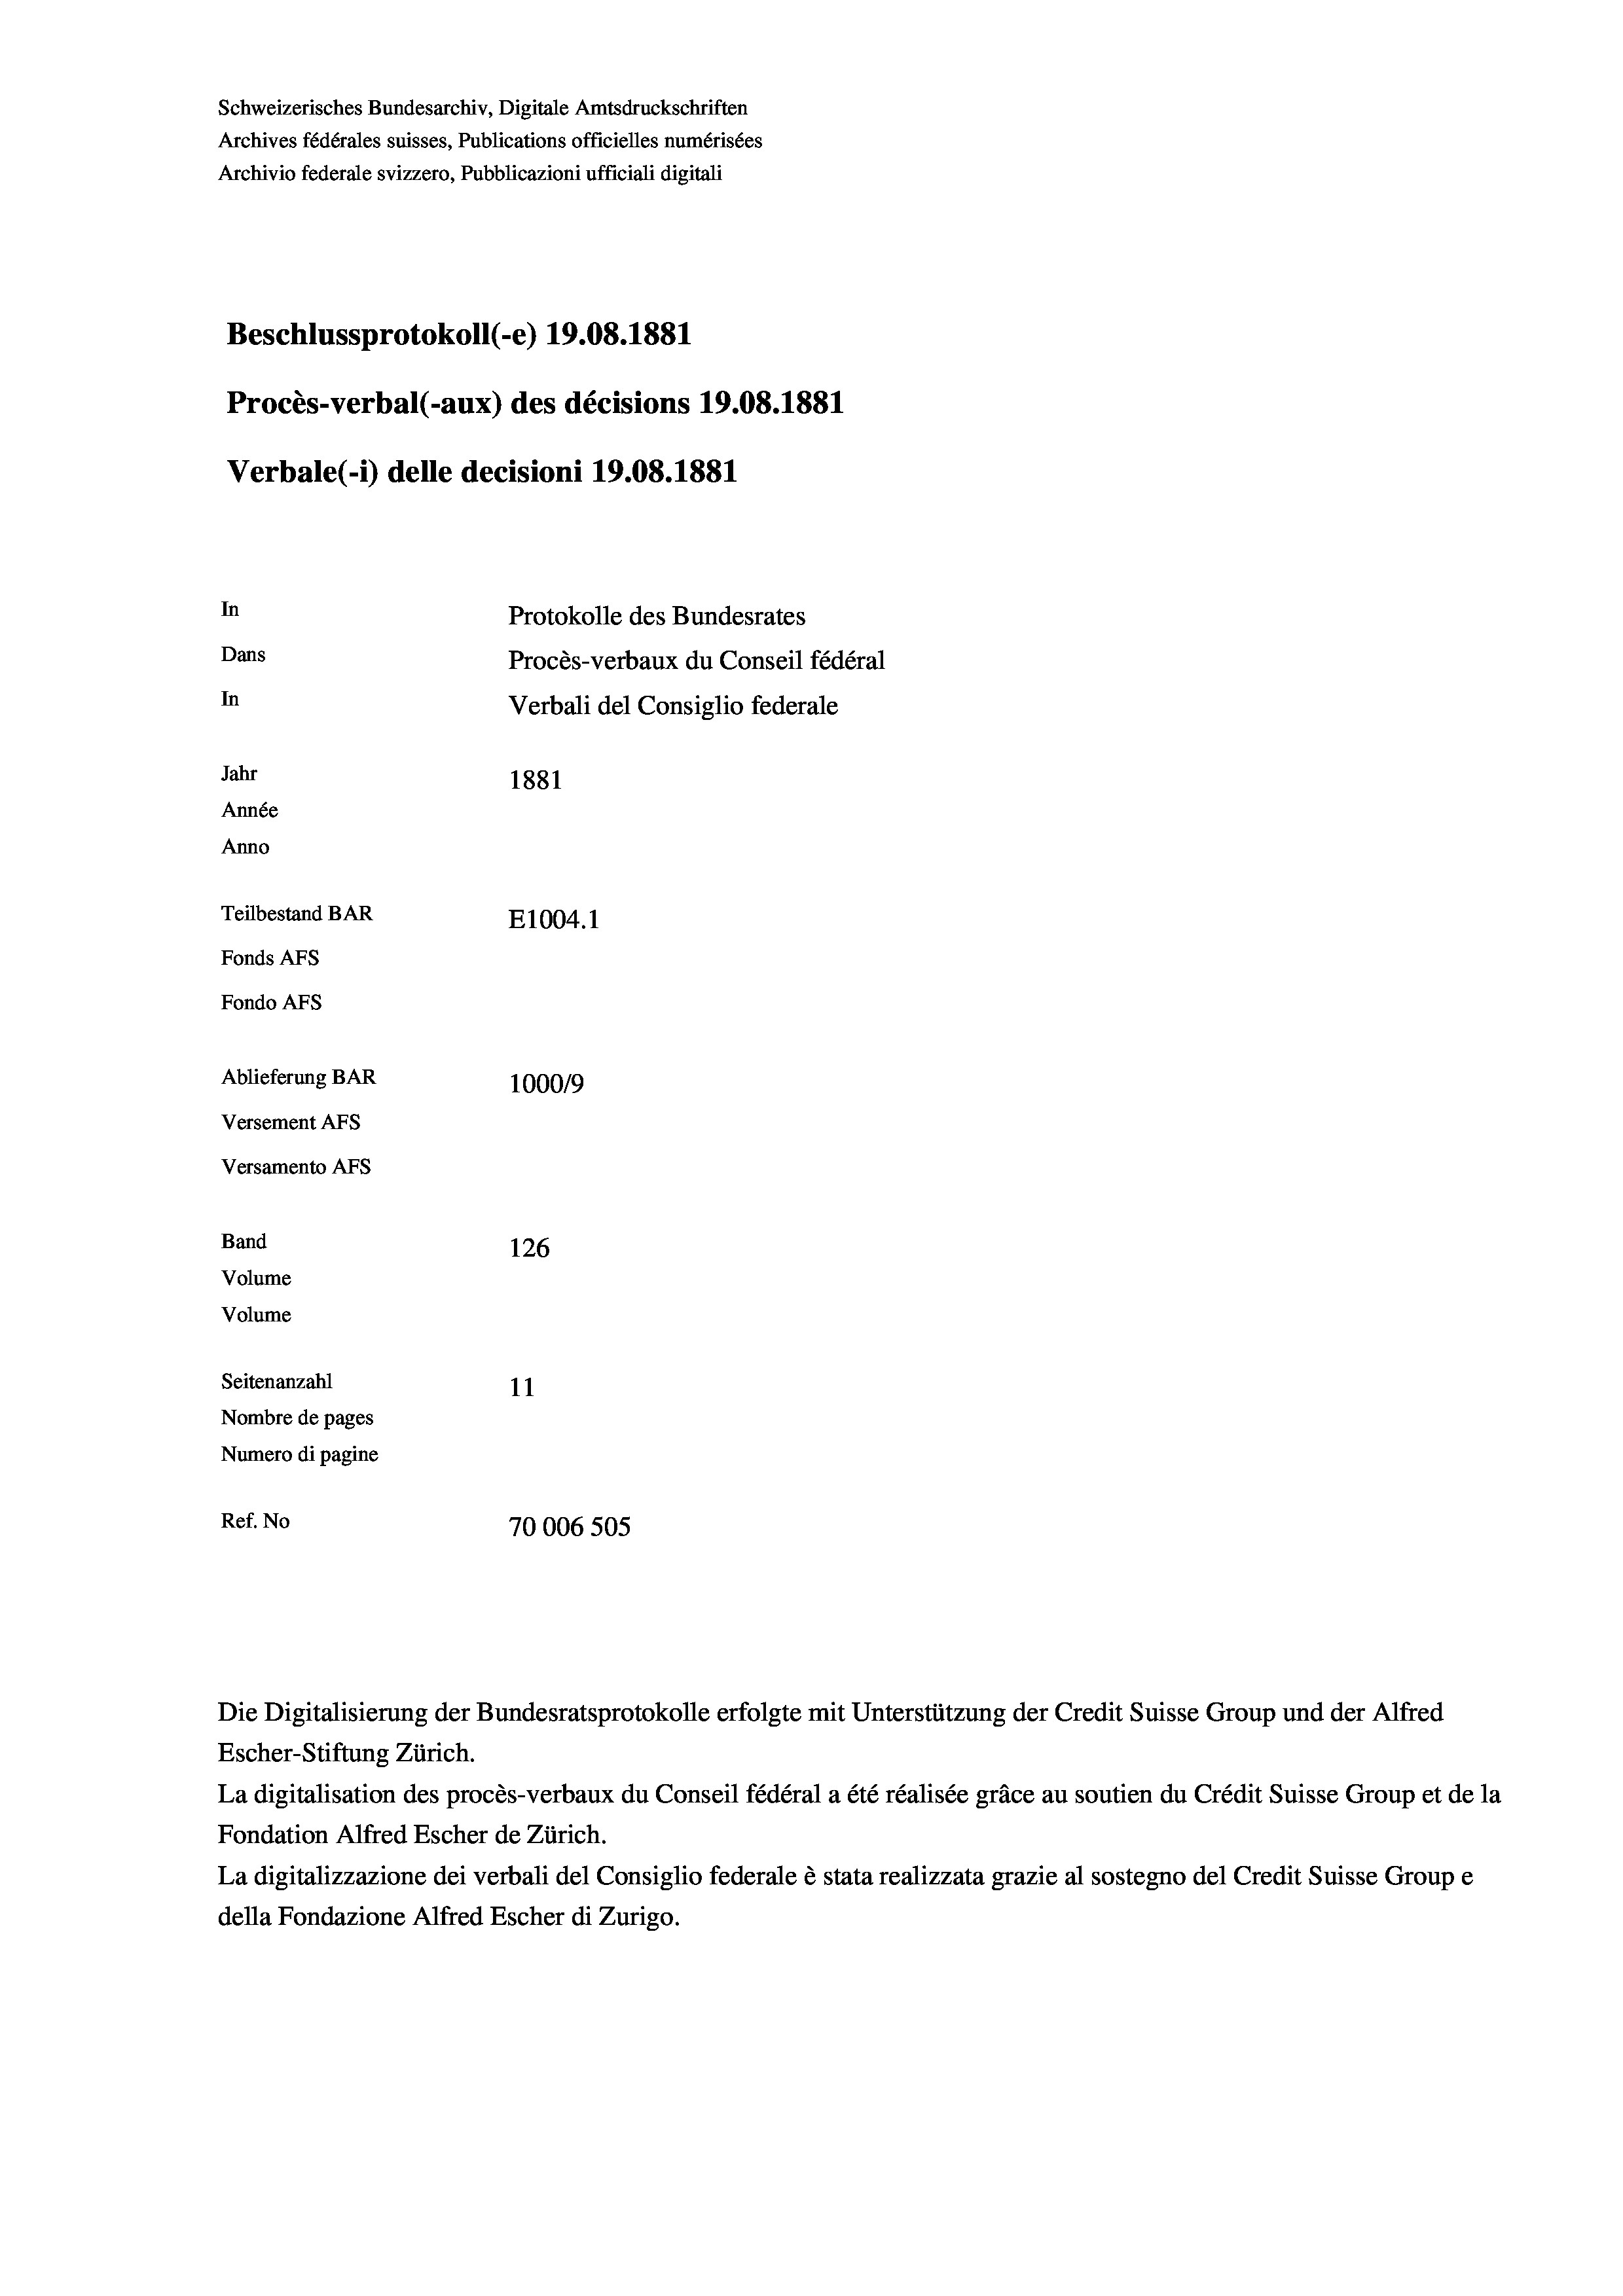
Schweizerisches Bundesarchiv, Digitale Amtsdruckschriften
Archives fédérales suisses, Publications officielles numérisées
Archivio federale svizzero, Pubblicazioni ufficiali digitali
Beschlussprotokoll (-e) 19.08. 1881
Procès-verbal (-aux) des décisions 19.08.1881
Verbale (i) delle decisioni 19.08. 1881
In
Protokolle des Bundesrates
Dans
Procès-verbaux du Conseil fédéral
In
Verbali del Consiglio federale
Jahr
1881
Année
Anno
Teilbestand BAR
E1004.1
Fonds AEs
Fondo AFs
Ablieferung BAR
100019
Versement AFS
Versamento Afs
Band
126
Volume
Volume
Seitenanzahl
11
Nombre de pages
Numero di pagine
Ref. No
70006 505

Die Digitalisierung der Bundesratsprotokolle erfolgte mit Unterstützung der Credit Suisse Group und der Alfred
Escher-Stiftung Zürich.
La digitalisation des procès-verbaux du Conseil fédéral a été réalisée gräce au soutien du Crédit Suisse Group et de la
Fondation Alfred Escher de Zürich.
La digitalizzazione dei verbali del Consiglio federale è stata realizzata grazie al sostegno del Credit Suisse Groupe
della Fondazione Alfred Escher di Zurigo.